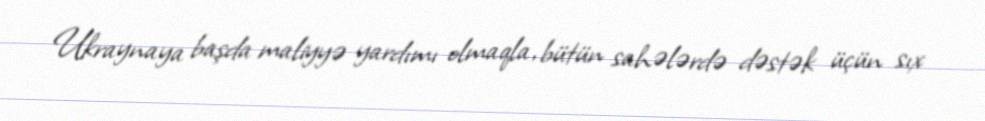
Ukraynaya başda maliyyə yardımı olmaqla, bütün sahələrdə dəstək üçün sıx